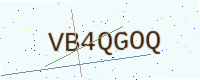
Text: VB4QGOQ